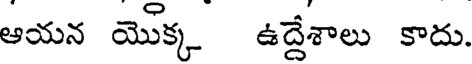
ఆయన యొక్క ఉద్దేశాలు కాదు.